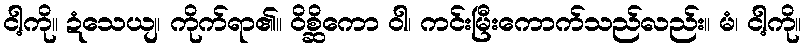
ငါ့ကို။ ဍံသေယျ၊ ကိုက်ရာ၏။ ဝိစ္ဆိကော ဝါ၊ ကင်းမြီးကောက်သည်လည်း။ မံ၊ ငါ့ကို။